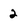
Character: 2